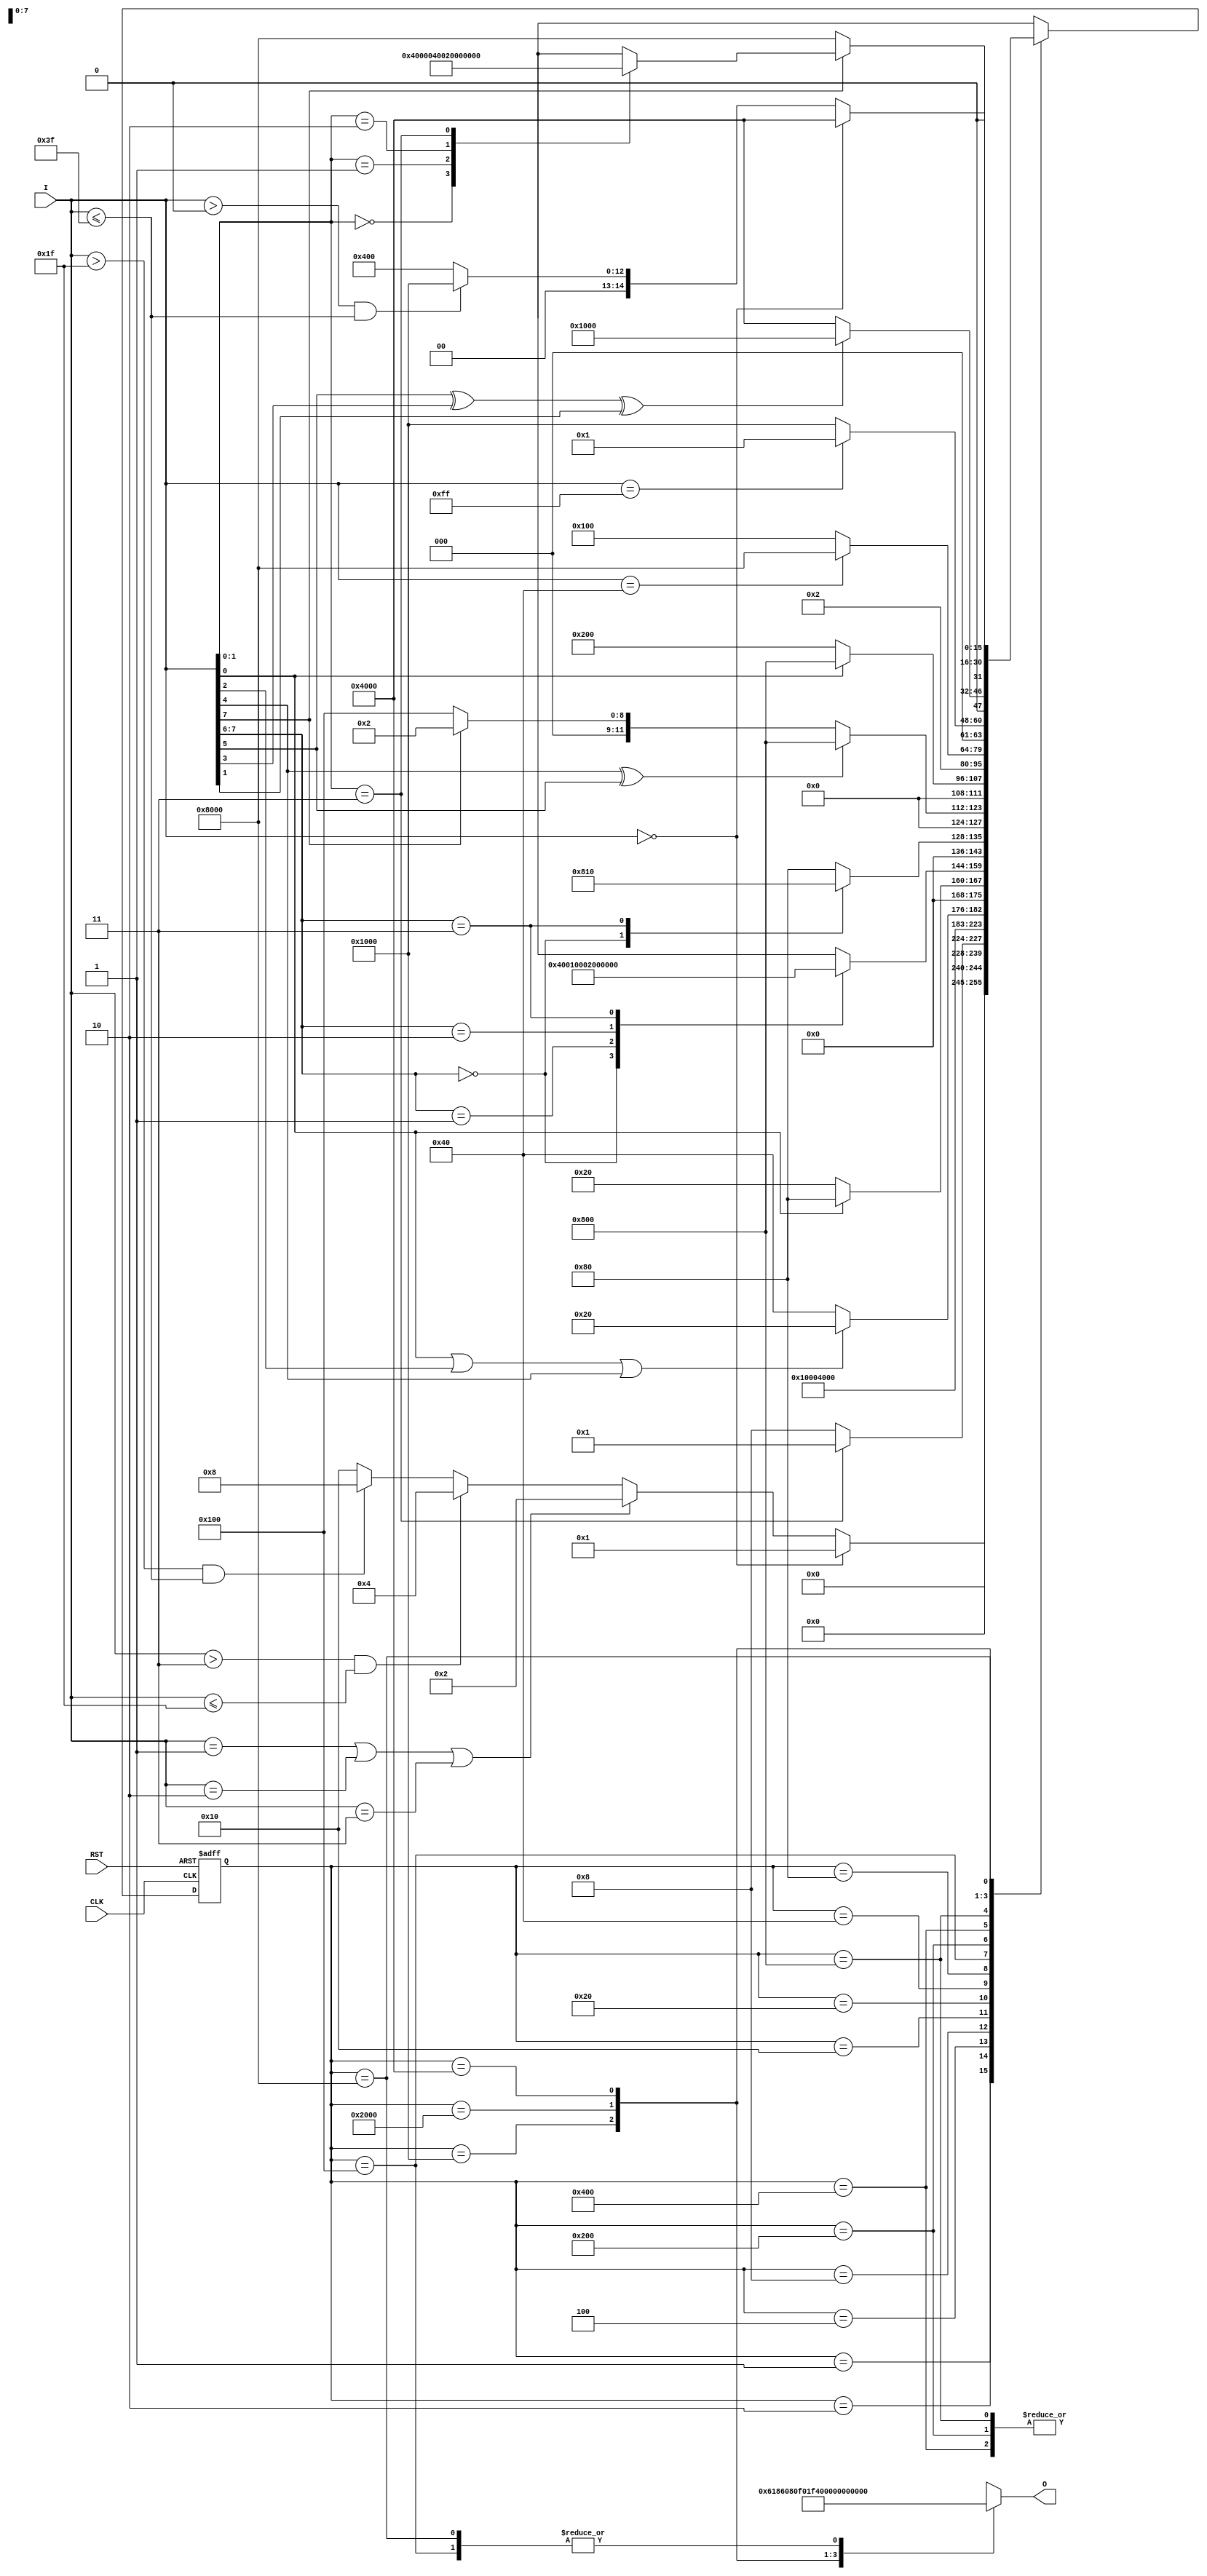
// PREP Benchmark 4, Large State Machine

/* PREP4 contains a large state machine

Copyright (c) 1994 Synplicity, Inc.
You may distribute freely, as long as this header remains attached. */

module prep4(O, I, CLK, RST);
output [7:0] O;
input [7:0] I;
input CLK, RST;
reg [7:0] O;
reg [15:0] state;

// state declarations
parameter st0 = 16'h0001, st1 = 16'h0002, 
	st2 = 16'h0004, st3 = 16'h0008, 
	st4 = 16'h0010, st5 = 16'h0020, 
	st6 = 16'h0040, st7 = 16'h0080, 
	st8 = 16'h0100, st9 = 16'h0200, 
	st10 = 16'h0400, st11 = 16'h0800, 
	st12 = 16'h1000, st13 = 16'h2000,
	st14 = 16'h4000, st15 = 16'h8000;

// state registers, state decode logic, reset logic
always @ (posedge CLK or posedge RST)
begin
	if (RST)  // reset
		state = st0;
	else begin
		case (state)
		st0:	if (I == 8'h00)
				state = st0;
			else if ((I == 8'h01) || (I == 8'h02) || (I == 8'h03))
				state = st1;
			else if (I > 8'h03 && I <= 8'h1f)
				state = st2;
			else if (I > 8'h1f && I <= 8'h3f)
				state = st3;
			else
				state = st4;
		st1:	if (I[1:0] == 2'b11)
				state = st0;
			else
				state = st3;
		st2:	state = st3;
		st3:	state = st5;
		st4:	if (I[0] || I[2] || I[4])
				state = st5;
			else 
				state = st6;
		st5:	if (! I[0])
				state = st5;
			else 
				state = st7;
		st6:	case (I[7:6])
			2'b00: state = st6;
			2'b01: state = st8;
			2'b10: state = st9;
			2'b11: state = st1;
			endcase
		st7:	case (I[7:6])
			2'b00: state = st3;
			2'b11: state = st4;
			default: state = st7;
			endcase
		st8:	if (I[4] ^ I[5])
				state = st11;
			else if (I[7])
				state = st1;
			else
				state = st8;
		st9:	if (I[0])
				state = st11;
			else
				state = st9;
		st10:	state = st1;
		st11:	if (I == 8'h40)
				state = st15;
			else 
				state = st8;
		st12:	if (I == 8'hff)
				state = st0;
			else 
				state = st12;
		st13:	if (I[5] ^ I[3] ^ I[1])
				state = st12;
			else 
				state = st14;
		st14:	if (I == 8'h00)
				state = st14;
			else if (I > 0 && I <= 8'h3f)
				state = st12;
			else
				state = st10;
		st15:	if (I[7])
				case (I[1:0])
				2'b00: state = st14;
				2'b01: state = st10;
				2'b10: state = st13;
				2'b11: state = st0;
				endcase
			else
				state = st15;
/* set current_state to 'bx (don't care) to tell Synplify-Lite that all used
states have been already been specified */
		default:	state = 'bx;
		endcase

	end

end

// the outputs are combinational based on the state
always @ (state)
begin
      case (state)
      st0: O = 8'h00;
      st1: O = 8'h06;
      st2: O = 8'h18;
      st3: O = 8'h60;
      st4: O = 8'h80;
      st5: O = 8'hf0;
      st6: O = 8'h1f;
      st7: O = 8'h3f;
      st8: O = 8'h7f;
      st9: O = 8'hff;
      st10: O = 8'hff;
      st11: O = 8'hff;
      st12: O = 8'hfd;
      st13: O = 8'hf7;
      st14: O = 8'hdf;
      st15: O = 8'h7f;
/* notice assignment of 8'hx in the default case 
which is a don't care for synthesis */
      default: O = 8'hx;
    endcase
end

endmodule